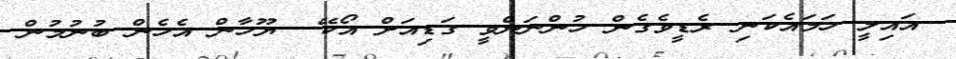
އައިލީ ހަމައެކަނި ރެޑީވެގެން ހުންނަންވީ ގަޑިއަށް އޯކޭ  ޔޫހާން އެހެން ބުނުމުން